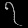
Digit: ၇